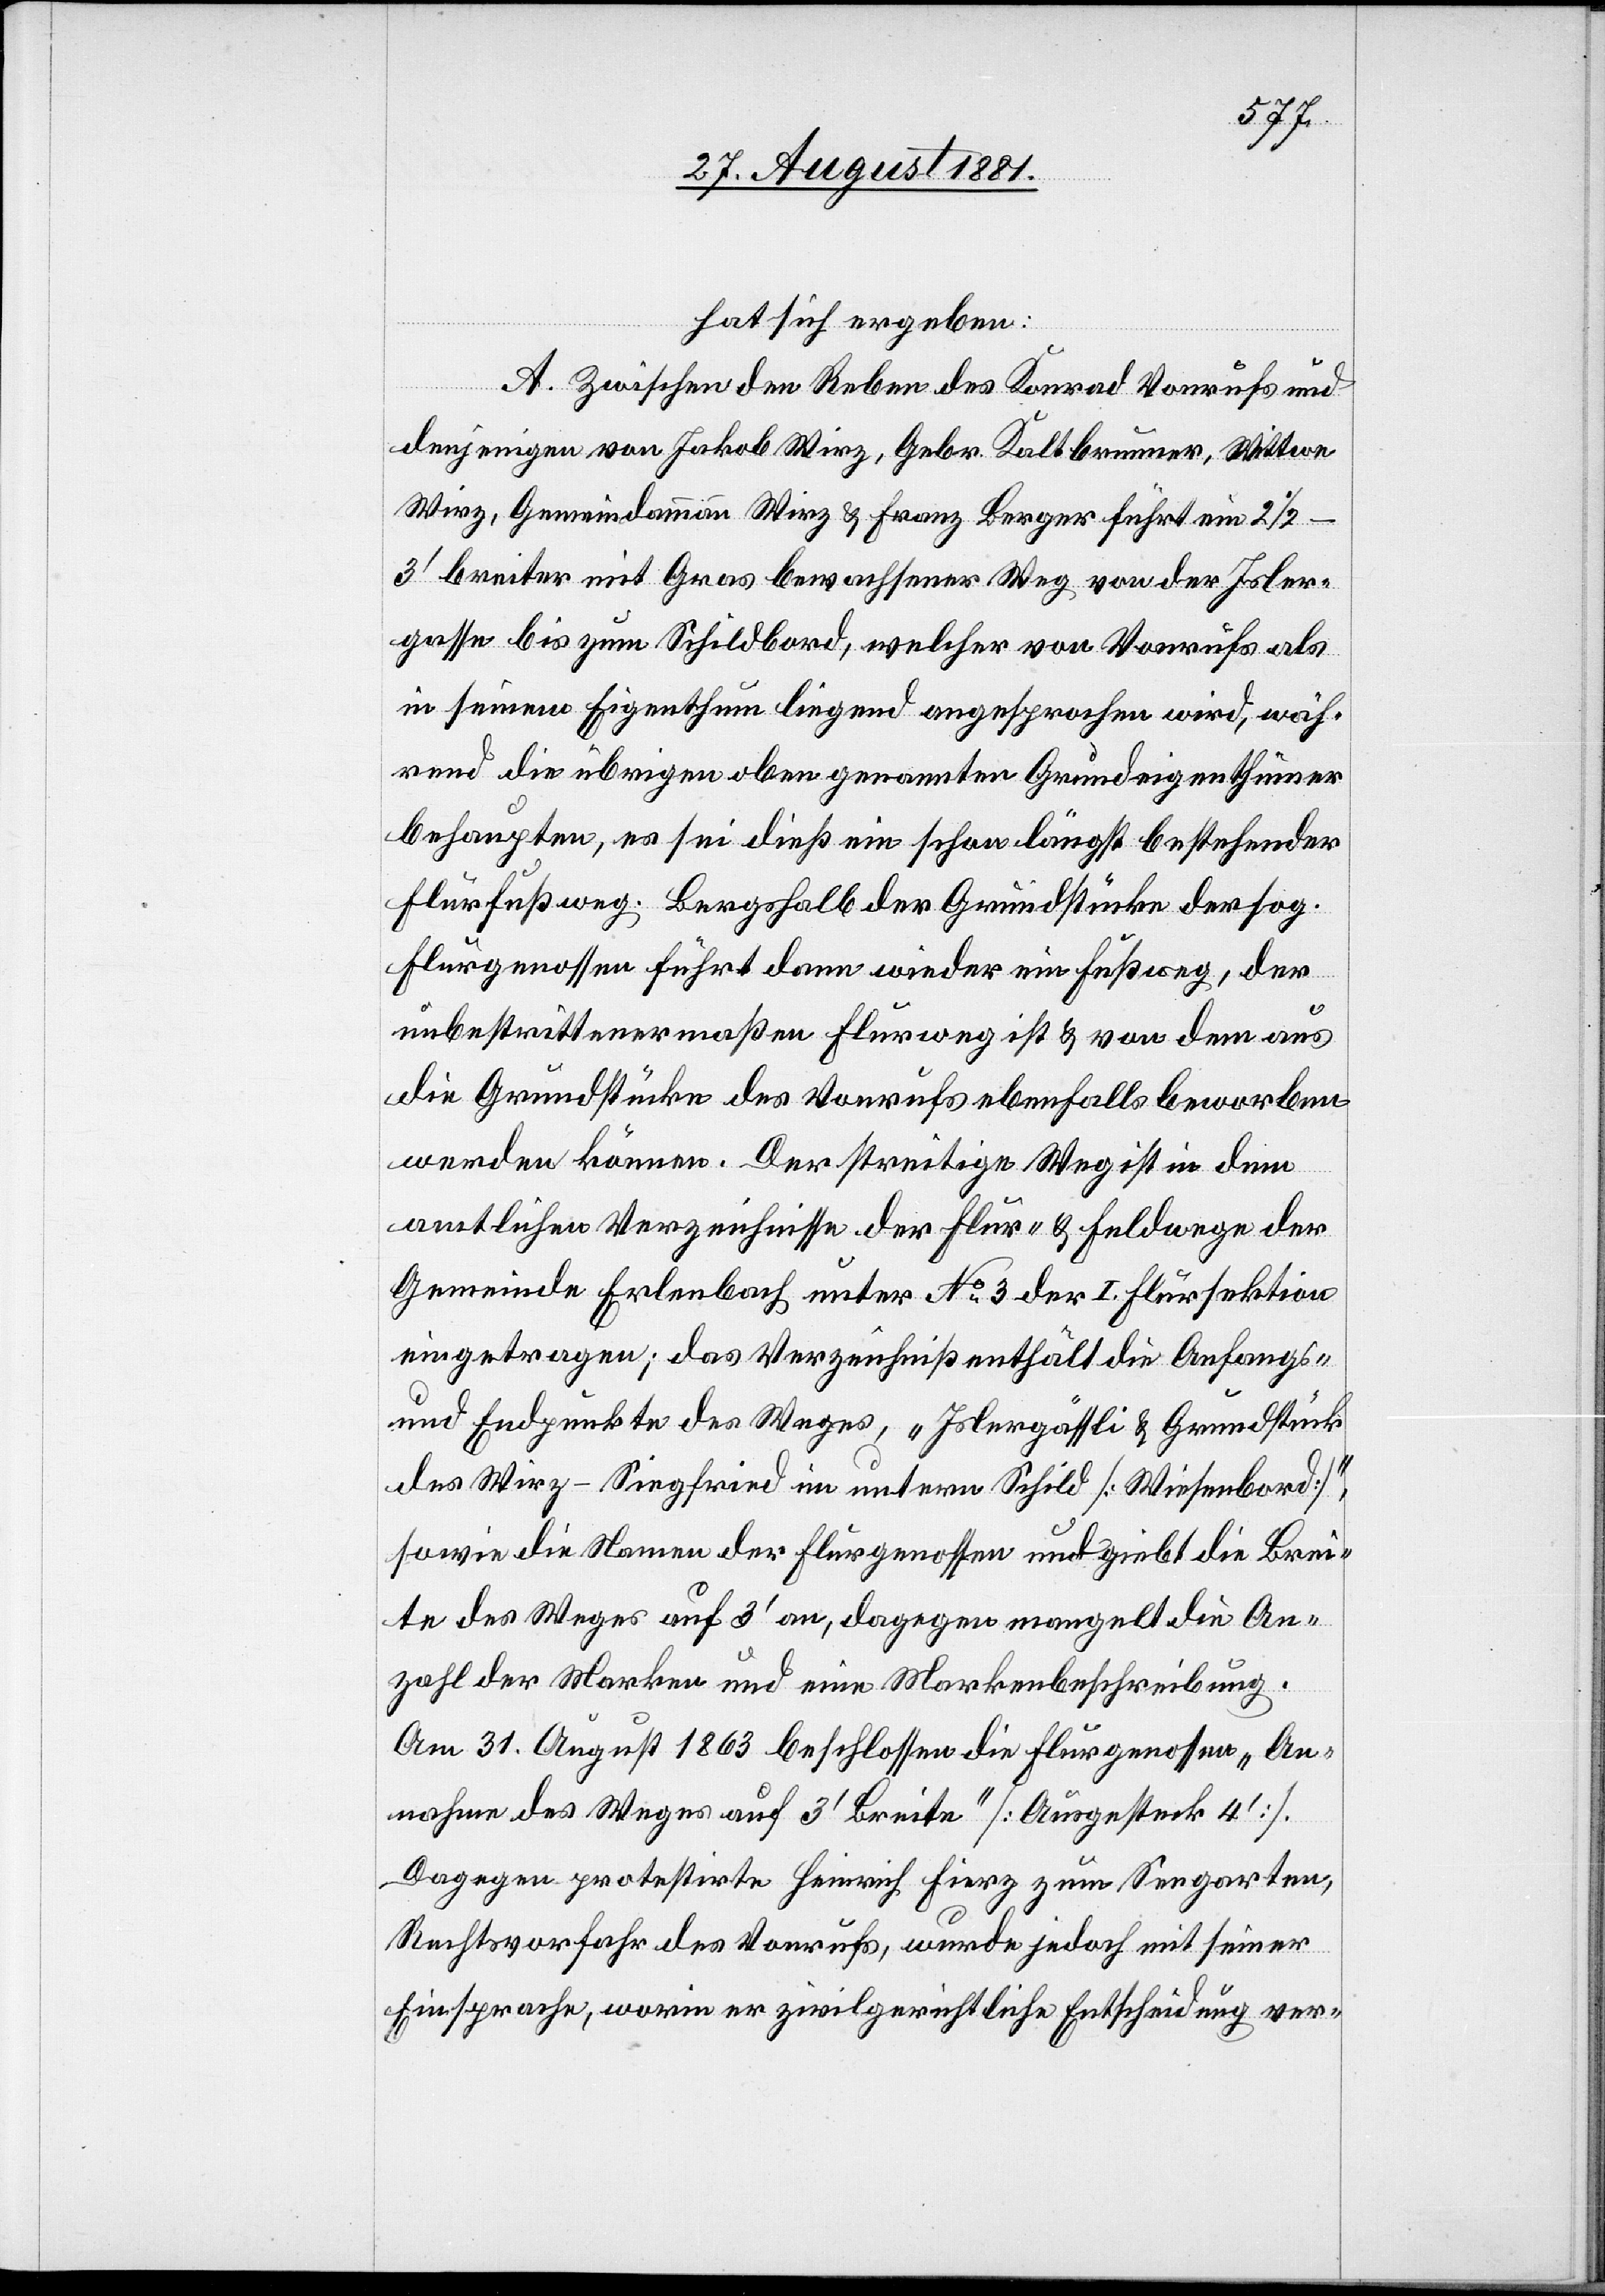
hat sich ergeben:
A. Zwischen den Reben des Konrad Vonrufs und
denjenigen von Jakob Wirz, Gebr. Kaltbrunner, Wittwe
Wirz, Gemeindammann Wirz & Franz Berger führt ein 2
1/2–3‘ breiter mit Gras bewachsener Weg von der Isler¬
gasse bis zum Schildbord, welcher von Vonrufs als
in seinem Eigenthum liegend angesprochen wird, wäh¬
rend die übrigen oben genannten Grundeigenthümer
behaupten, es sei dieß ein schon längst bestehender
Flurfußweg. Bergshalb der Grundstücke der sog.
Flurgenossen führt dann wieder ein Fußweg, der
unbestrittenermaßen Flurweg ist & von dem aus
die Grundstücke des Vonrufs ebenfalls beworben
werden können. Der streitige Weg ist in dem
amtlichen Verzeichnisse der Flur- & Feldwege der
Gemeinde Erlenbach unter No 3 der I. Flursektion
eingetragen; das Verzeichniß enthält die Anfangs-
und Endpunkte des Weges, „Islergässli & Grundstück
des Wirz - Siegfried im unterm Schild [Wiesenbord]“,
sowie die Namen der Flurgenossen und giebt [sic!] die Brei¬
te des Weges auf 3‘ an, dagegen mangelt die An¬
zahl der Marken und eine Markenbeschreibung.
Am 31. August 1863 beschlossen die Flurgenossen „An¬
nahme des Weges auf 3‘ Breite“ [Ausgesteck[t]
Dagegen protestirte Heinrich Fierz zum Seegarten,
Rechtsvorfahr des Vonrufs, wurde jedoch mit seiner
Einsprache, worin er zivilgerichtliche Entscheidung ver-